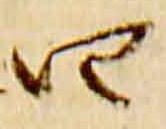
四